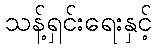
သန့်ရှင်းရေးနှင့်